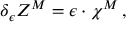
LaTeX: \delta _ { \epsilon } Z ^ { M } = \epsilon \cdot \chi ^ { M } \, ,